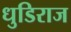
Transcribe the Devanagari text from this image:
धुडिराज